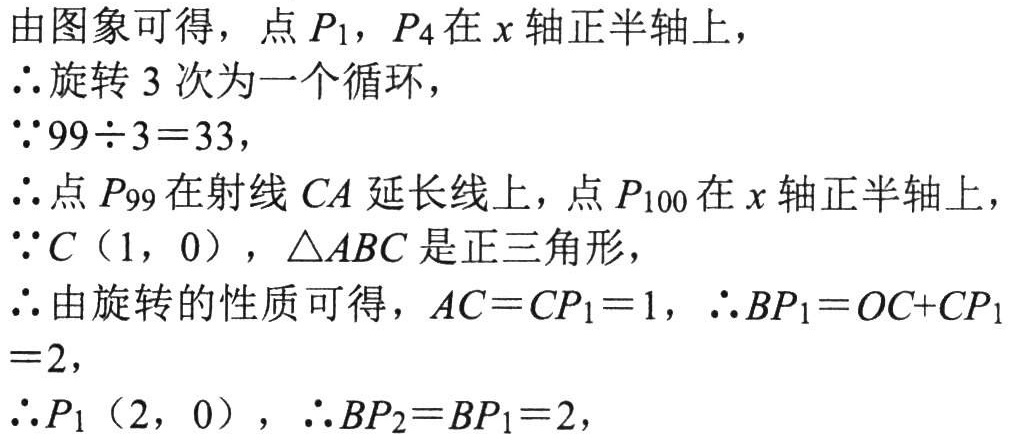
由图象可得，点\(P_1\)，\(P_4\)在\(x\)轴正半轴上，
\(\therefore\)旋转\(3\)次为一个循环，
\(\because 99\div3 = 33\)，
\(\therefore\)点\(P_{99}\)在射线\(CA\)延长线上，点\(P_{100}\)在\(x\)轴正半轴上，
\(\because C(1,0)\)，\(\triangle ABC\)是正三角形，
\(\therefore\)由旋转的性质可得，\(AC = CP_1=1\)，\(\therefore BP_1=OC + CP_1 = 2\)，
\(\therefore P_1(2,0)\)，\(\therefore BP_2 = BP_1 = 2\)，